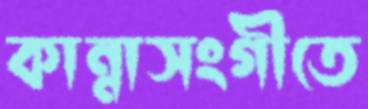
কান্নাসংগীতে